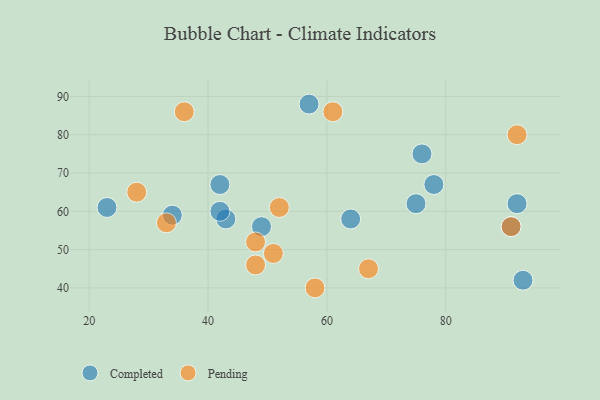
{"axis": {"x": "GDP", "y": "Life Expectancy"}, "legend": ["Completed", "Pending"], "data": [{"x": "92", "y": 62, "type": "Completed"}, {"x": "23", "y": 61, "type": "Completed"}, {"x": "91", "y": 56, "type": "Completed"}, {"x": "78", "y": 67, "type": "Completed"}, {"x": "49", "y": 56, "type": "Completed"}, {"x": "34", "y": 59, "type": "Completed"}, {"x": "93", "y": 42, "type": "Completed"}, {"x": "76", "y": 75, "type": "Completed"}, {"x": "57", "y": 88, "type": "Completed"}, {"x": "43", "y": 58, "type": "Completed"}, {"x": "75", "y": 62, "type": "Completed"}, {"x": "42", "y": 60, "type": "Completed"}, {"x": "64", "y": 58, "type": "Completed"}, {"x": "42", "y": 67, "type": "Completed"}, {"x": "61", "y": 86, "type": "Pending"}, {"x": "48", "y": 52, "type": "Pending"}, {"x": "67", "y": 45, "type": "Pending"}, {"x": "51", "y": 49, "type": "Pending"}, {"x": "92", "y": 80, "type": "Pending"}, {"x": "52", "y": 61, "type": "Pending"}, {"x": "36", "y": 86, "type": "Pending"}, {"x": "33", "y": 57, "type": "Pending"}, {"x": "91", "y": 56, "type": "Pending"}, {"x": "28", "y": 65, "type": "Pending"}, {"x": "58", "y": 40, "type": "Pending"}, {"x": "48", "y": 46, "type": "Pending"}]}